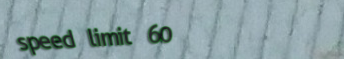
speed limit 60